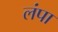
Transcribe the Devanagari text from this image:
लंपा